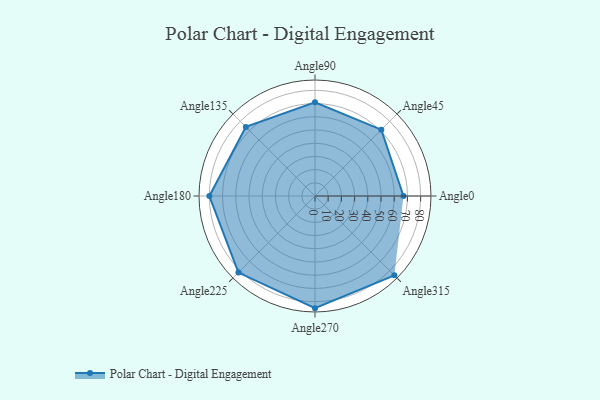
{"axis": {"x": "Angle", "y": "Radius"}, "legend": [""], "data": [{"x": "Angle0", "y": 67.0, "type": ""}, {"x": "Angle45", "y": 71.0, "type": ""}, {"x": "Angle90", "y": 71.0, "type": ""}, {"x": "Angle135", "y": 74.0, "type": ""}, {"x": "Angle180", "y": 80.0, "type": ""}, {"x": "Angle225", "y": 82.0, "type": ""}, {"x": "Angle270", "y": 85.0, "type": ""}, {"x": "Angle315", "y": 85.0, "type": ""}]}